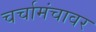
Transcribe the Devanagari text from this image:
चर्चामंचावर